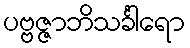
ပဗ္ဗဇ္ဇာဘိသင်္ခါရော